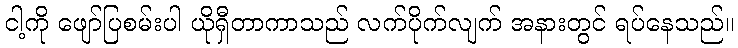
ငါ့ကို ဖျော်ပြစမ်းပါ ယိုရှီတာကာသည် လက်ပိုက်လျက် အနားတွင် ရပ်နေသည်။